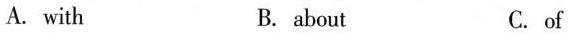
A. with B. about C. of